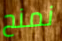
نمنح